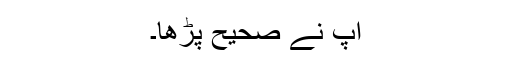
آپ نے صحیح پڑھا۔